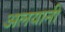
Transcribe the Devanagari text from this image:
अलयानी